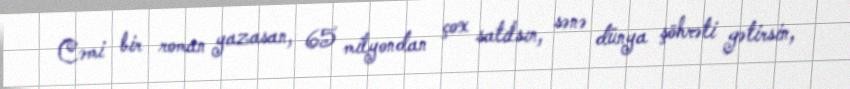
Cəmi bir roman yazasan, 65 milyondan çox satılsın, sənə dünya şöhrəti gətirsin,